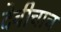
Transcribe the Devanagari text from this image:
देवीचाच